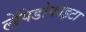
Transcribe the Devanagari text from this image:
लेपिडोफाइटा